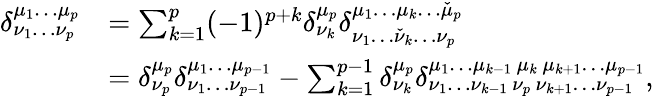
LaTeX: {\begin{array}{rl}{\delta_{\nu_{1}\dots\nu_{p}}^{\mu_{1}\dots\mu_{p}}}&{=\sum_{k=1}^{p}(-1)^{p+k}\delta_{\nu_{k}}^{\mu_{p}}\delta_{\nu_{1}\dots{\check{\nu}}_{k}\dots\nu_{p}}^{\mu_{1}\dots\mu_{k}\dots{\check{\mu}}_{p}}}\\ &{=\delta_{\nu_{p}}^{\mu_{p}}\delta_{\nu_{1}\dots\nu_{p-1}}^{\mu_{1}\dots\mu_{p-1}}-\sum_{k=1}^{p-1}\delta_{\nu_{k}}^{\mu_{p}}\delta_{\nu_{1}\dots\nu_{k-1}\, \nu_{p}\, \nu_{k+1}\dots\nu_{p-1}}^{\mu_{1}\dots\mu_{k-1}\, \mu_{k}\, \mu_{k+1}\dots\mu_{p-1}},}\end{array}}